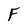
Character: F